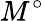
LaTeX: M^{\circ}